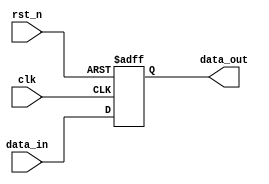
module async_reset_example (
    input wire clk,          // Clock signal
    input wire rst_n,       // Asynchronous reset signal (active low)
    input wire [7:0] data_in, // Input data
    output reg [7:0] data_out // Output data
);

// Asynchronous reset and clock behavior
always @(posedge clk or negedge rst_n) begin
    if (!rst_n) begin
        // Reset condition: set output to zero
        data_out <= 8'b0; // Initialize to known state (zero)
    end else begin
        // Clock behavior: update output on rising edge of clock
        data_out <= data_in; // Update output with input data
    end
end

endmodule